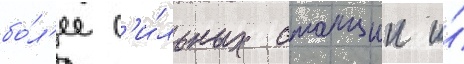
бо́л'ее с'и́льных станции и́